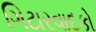
ગિટારવાદકો